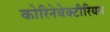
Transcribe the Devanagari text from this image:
कोरिनेबेक्टीरियम